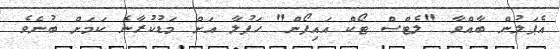
އެޕަލުން ބާއްވާ "ލެޓްސް ޓޯކް އައިފޯން" ހަފުލާ އަށް މަޑުކުރާނެ ކަމަށް ބުނެވެ